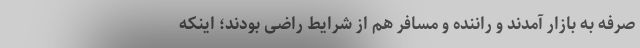
صرفه به بازار آمدند و راننده و مسافر هم از شرایط راضی بودند؛ اینکه